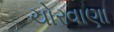
ચોરવાણા